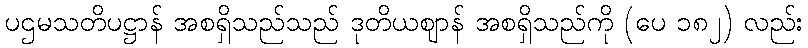
ပဌမသတိပဋ္ဌာန် အစရှိသည်သည် ဒုတိယဈာန် အစရှိသည်ကို (ပေ ၁၈၂) လည်း